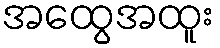
အထွေအထူး